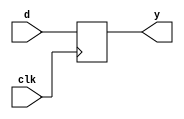
module D_ff(d,clk,y);
	
	input d,clk;
	output y;
	// Data sets
	
	reg y;
	always@(posedge clk)
		begin
			y <= d;
		end
	
endmodule